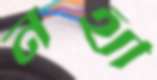
নথী